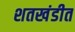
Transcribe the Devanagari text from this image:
शतखंडीत